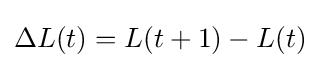
\Delta L(t)=L(t+1)-L(t)